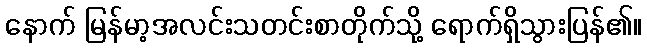
နောက် မြန်မာ့အလင်းသတင်းစာတိုက်သို့ ရောက်ရှိသွားပြန်၏။